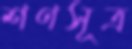
শণসূত্র